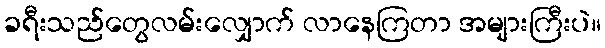
ခရီးသည်တွေလမ်းလျှောက် လာနေကြတာ အများကြီးပဲ။